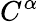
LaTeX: C^{\alpha}